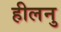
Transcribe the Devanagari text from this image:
हीलनु